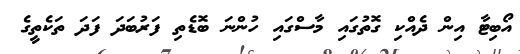
އޯބިޓާ އިން ދެއްކި ގޮތުގައި މާސްގައި ހުންނަ ބޮޑެތި ފަރުބަދަ ފަދަ ތަކެތީގެ